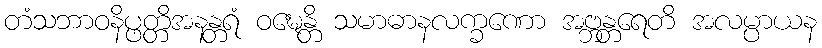
တံသဘာဝနိပ္ဖတ္တိအနန္တရံ ဝဍ္ဎေန္တိ သမာဓာနလက္ခဏော အဗ္ဘန္တရေတိ အလမ္ပာယန